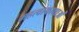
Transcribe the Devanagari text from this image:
महत्वाकाक्षाओं